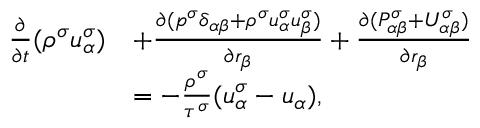
\begin{array} { r } { \begin{array} { r l } { \frac { \partial } { \partial t } ( \rho ^ { \sigma } u _ { \alpha } ^ { \sigma } ) } & { + \frac { \partial ( p ^ { \sigma } \delta _ { \alpha \beta } + \rho ^ { \sigma } u _ { \alpha } ^ { \sigma } u _ { \beta } ^ { \sigma } ) } { \partial r _ { \beta } } + \frac { \partial ( P _ { \alpha \beta } ^ { \sigma } + U _ { \alpha \beta } ^ { \sigma } ) } { \partial r _ { \beta } } } \\ & { = - \frac { \rho ^ { \sigma } } { \tau ^ { \sigma } } ( u _ { \alpha } ^ { \sigma } - u _ { \alpha } ) , } \end{array} } \end{array}